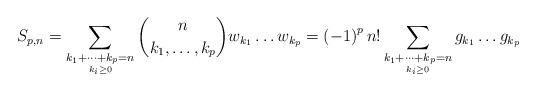
LaTeX: \begin{align*}S_{p,n}=\sum_{\underset{k_{i}\ge0}{k_{1}+\dots+k_{p}=n}}\binom{n}{k_{1},\dots,k_{p}}w_{k_{1}}\dots w_{k_{p}}=\left(-1\right)^{p}n!\sum_{\underset{k_{i}\ge0}{k_{1}+\dots+k_{p}=n}}g_{k_{1}}\dots g_{k_{p}}\end{align*}